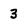
Character: 3